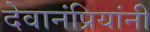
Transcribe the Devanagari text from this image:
देवानंप्रियांनी